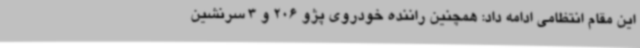
این مقام انتظامی ادامه داد: همچنین راننده خودروی پژو 206 و 3 سرنشین